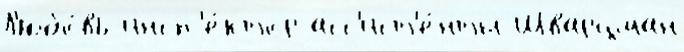
Л'юбо́вь инсп'е́ктор асс'ист'е́нты Шварцман